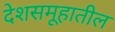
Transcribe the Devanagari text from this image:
देशसमूहातील